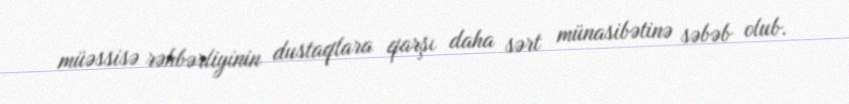
müəssisə rəhbərliyinin dustaqlara qarşı daha sərt münasibətinə səbəb olub.